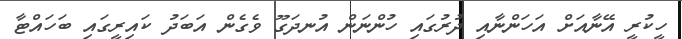
ހީކުރީ އޭނާއަށް އަހަންނާއި ދުރުގައި ހުންނަން އުނދަގޫ ވެގެން އަބަދު ކައިރީގައި ބަހައްޓާ